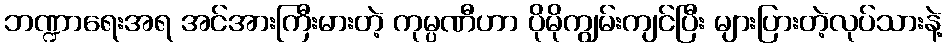
ဘဏ္ဍာရေးအရ အင်အားကြီးမားတဲ့ ကုမ္ပဏီဟာ ပိုမိုကျွမ်းကျင်ပြီး များပြားတဲ့လုပ်သားနဲ့